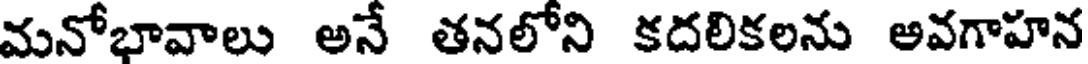
మనోభావాలు అనే తనలోని కదలికలను అవగాహన